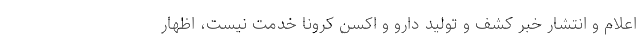
اعلام و انتشار خبر کشف و تولید دارو و اکسن کرونا خدمت نیست، اظهار